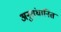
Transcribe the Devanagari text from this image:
अनुसंधानित